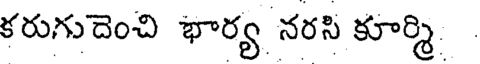
కరుగుదెంచి భార్య నరసి కూర్మి